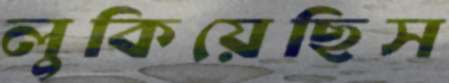
লুকিয়েছিস